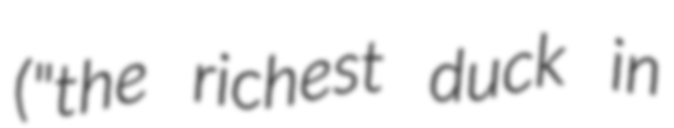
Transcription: ("the richest duck in